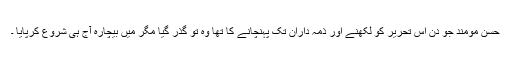
حسن مومند جو دن اس تحریر کو لکھنے اور ذمہ داران تک پہنچانے کا تھا وہ تو گذر گیا مگر میں بیچارہ آج ہی شروع کرپایا ۔